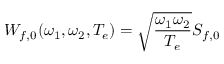
W _ { f , 0 } ( \omega _ { 1 } , \omega _ { 2 } , T _ { e } ) = \sqrt { \frac { \omega _ { 1 } \omega _ { 2 } } { T _ { e } } } S _ { f , 0 }